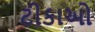
ટીકાઓ